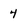
Character: 4